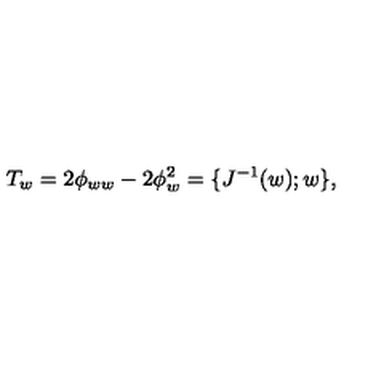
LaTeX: T _ { w } = 2 \phi _ { w w } - 2 \phi _ { w } ^ { 2 } = \{ J ^ { - 1 } ( w ) ; w \} ,